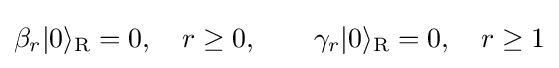
\beta _{r}|0\rangle _{\text{R}}=0,\ \ \ r\geq 0,\ \ \ \ \ \ \gamma _{r}|0\rangle _{\text{R}}=0,\ \ \ r\geq 1